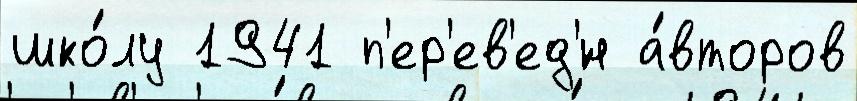
шко́лу 1941 п'ер'ев'ед'́н а́второв